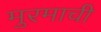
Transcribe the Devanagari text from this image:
मुरमाची